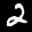
Label: 2